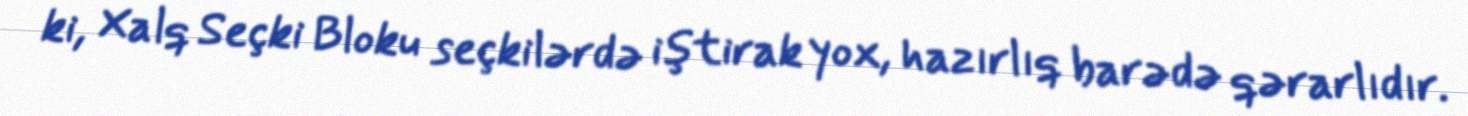
ki, Xalq Seçki Bloku seçkilərdə iştirak yox, hazırlıq barədə qərarlıdır.